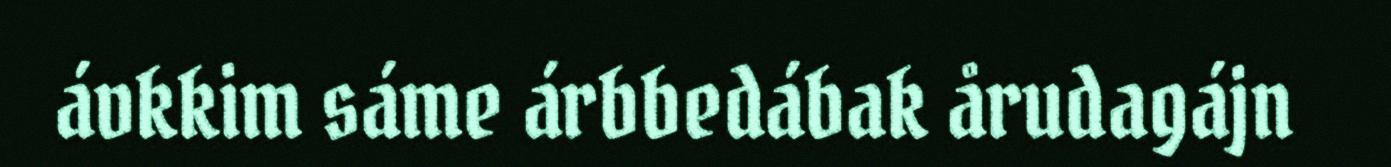
ávkkim sáme árbbedábak årudagájn